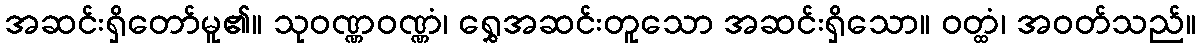
အဆင်းရှိတော်မူ၏။ သုဝဏ္ဏဝဏ္ဏံ၊ ရွှေအဆင်းတူသော အဆင်းရှိသော။ ဝတ္ထံ၊ အဝတ်သည်။